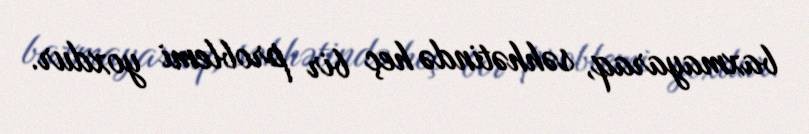
baxmayaraq, səhhətində heç bir problemi yoxdur.